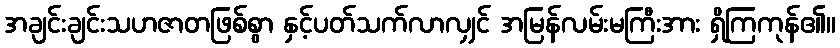
အချင်းချင်းသဟဇာတဖြစ်စွာ နှင့်ပတ်သက်လာလျှင် အမြန်လမ်းမကြီးအား ရှိကြကုန်၏။